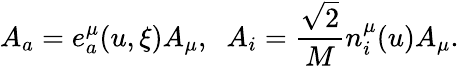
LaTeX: A_{a}=e_{a}^{\mu}(u,\xi)A_{\mu},\; \; A_{i}=\frac{\sqrt{2}}{M}n_{i}^{\mu}(u)A_{\mu}.